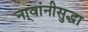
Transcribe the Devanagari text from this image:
ना्वांनीसुद्धा